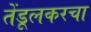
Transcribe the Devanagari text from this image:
तेंडूलकरचा